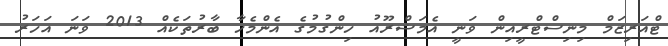
ޓްއަރިޒަމް މިނިސްޓްރީއިން ވަނީ އެމަޝްރޫއު ހިންގުމުގެ އެންމެހާ ބާރުތަކެއް 2013 ވަނަ އަހަރު